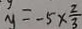
y = - 5 \times \frac { 2 } { 3 }